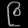
Digit: ၉